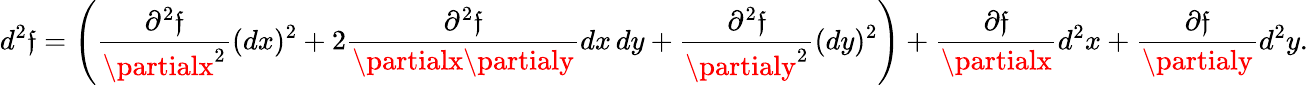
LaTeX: d^{2}\mathfrak{f}=\left({\frac{{\partial^{2}\mathfrak{f}}}{{\partialx^{2}}}}(dx)^{2}+2{\frac{{\partial^{2}\mathfrak{f}}}{{\partialx\partialy}}}dx\, dy+{\frac{{\partial^{2}\mathfrak{f}}}{{\partialy^{2}}}}(dy)^{2}\right)+{\frac{{\partial\mathfrak{f}}}{{\partialx}}}d^{2}x+{\frac{{\partial\mathfrak{f}}}{{\partialy}}}d^{2}y.